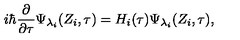
i \hbar \frac \partial { \partial \tau } \Psi _ { \lambda _ { i } } ( Z _ { i } , \tau ) = H _ { i } ( \tau ) \Psi _ { \lambda _ { i } } ( Z _ { i } , \tau ) ,